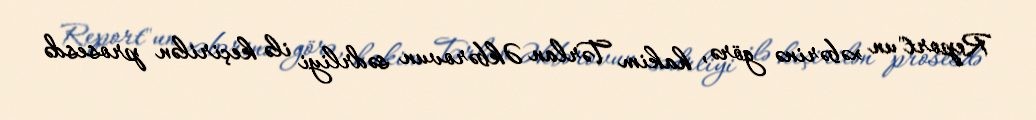
Report"un xəbərinə görə, hakim Tərlan Əkbərovun sədrliyi ilə keçirilən prosesdə